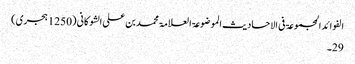
الفوائد المجموعۃ فی الاحادیث الموضوعۃ العلامۃ محمد بن علی الشوکانی (1250 ہجری)
29۔